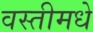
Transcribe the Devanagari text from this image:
वस्तीमधे